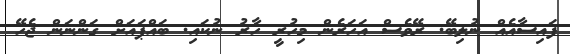
ފައިސާއެއް ނުލިބޭ. ރޭވެސް އަހަރެން މިހުރީ ހާރު ނުކައި. ބައްޕައަށް ގަންނަން ޖެހޭ